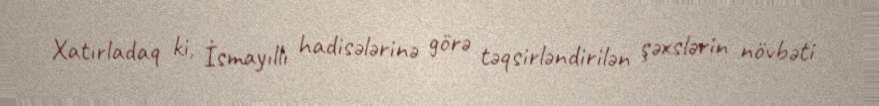
Xatırladaq ki, İsmayıllı hadisələrinə görə təqsirləndirilən şəxslərin növbəti